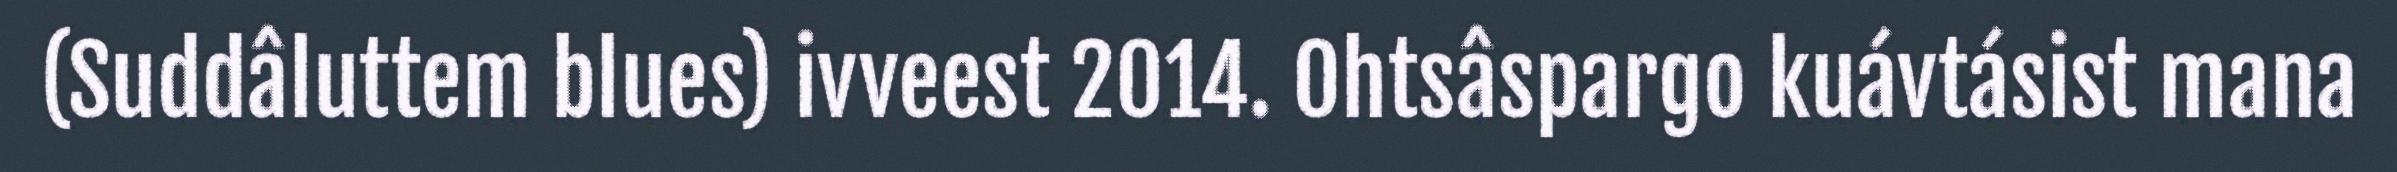
(Suddâluttem blues) ivveest 2014. Ohtsâspargo kuávtásist mana